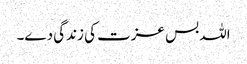
اللہ بس عزت کی زندگی دے۔